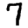
Digit: 7